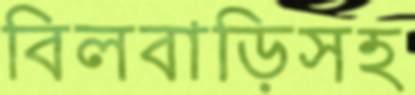
বিলবাড়িসহ